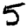
Digit: 5